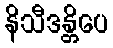
နိသီဒန္တိပေ